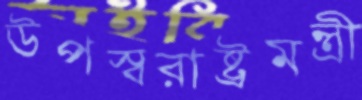
উপস্বরাষ্ট্রমন্ত্রী